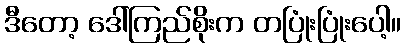
ဒီတော့ ဒေါ်ကြည်စိုးက တပြုံးပြုံးပေါ့။